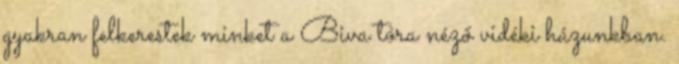
gyakran felkerestek minket a Biva tóra néző vidéki házunkban.